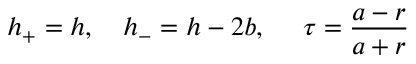
h _ { + } = h , \ \ \ h _ { - } = h - 2 b , \ \ \ \ \tau = \frac { a - r } { a + r }